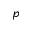
p